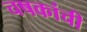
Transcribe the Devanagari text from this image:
चषकांची